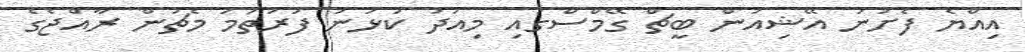
އިއްޔެ ފެށުނު އޭޝިއަން ބީޗް ގޭމްސްގައި މިއަދު ކުޅުނު ފުރަތަމަ މެޗުން ރާއްޖެގެ